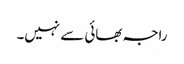
راجہ بھائی سے نہیں۔